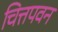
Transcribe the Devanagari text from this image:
चित्तपवन